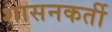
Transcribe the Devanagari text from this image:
शासनकर्ती